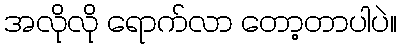
အလိုလို ရောက်လာ တော့တာပါပဲ။